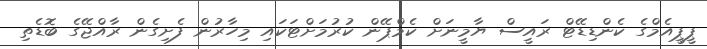
ޕީޕީއެމްގެ ކެންޑިޑޭޓް ރައީސް ޔާމީނަށް ކެމްޕޭން ކުރުމަށްޓަކައި މިހާރުން ފެށިގެން ރާއްޖޭގެ ބޮޑެތި